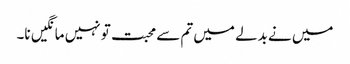
میں نے بدلے میں تم سے محبت تو نہیں مانگیں نا۔